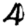
Digit: 4